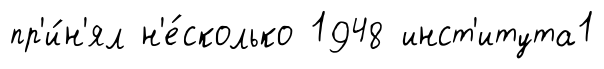
пр'и́н'ял н'е́сколько 1948 инст'итута1